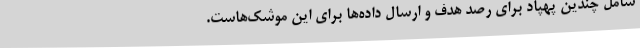
شامل چندین پهپاد برای رصد هدف و ارسال داده‌ها برای این‌ موشک‌هاست.